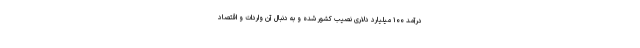
درآمد ۱۰۰ میلیارد دلاری نصیب کشور شده و به دنبال آن واردات و اقتصاد